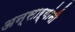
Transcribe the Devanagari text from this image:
अन्साऱ्यांनी